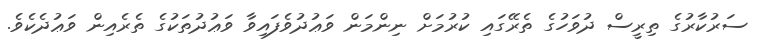
ސަރުކާރުގެ ތިރީސް ދުވަހުގެ ތެރޭގައި ކުރުމަށް ނިންމަން ވަޢުދުވެފައިވާ ވަޢުދުތަކުގެ ތެރެއިން ވަޢުދެކެވެ.